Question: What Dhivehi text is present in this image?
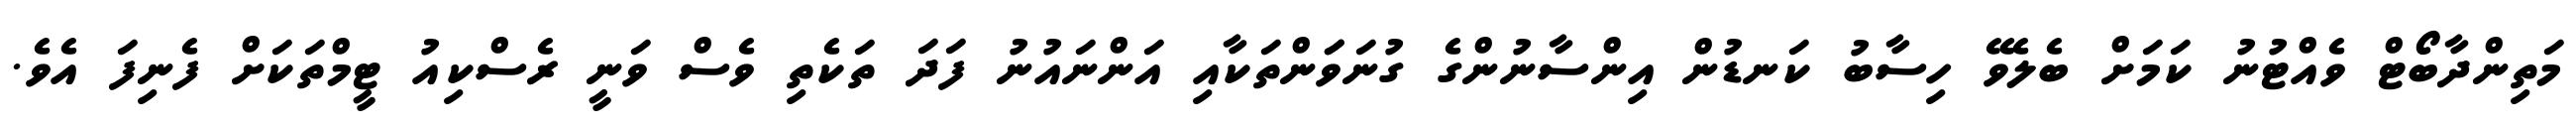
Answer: މަތިންދާބޯޓް ވެއްޓުނު ކަމަށް ބެލެވޭ ހިސާބު ކަނޑުން އިންސާނުންގެ ގުނަވަަންތަކާއި އަންނައުނު ފަދަ ތަކެތި ވެސް ވަނީ ރެސްކިއު ޓީމްތަކަށް ފެނިފަ އެވެ.